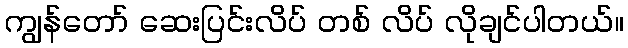
ကျွန်တော် ဆေးပြင်းလိပ် တစ် လိပ် လိုချင်ပါတယ်။